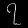
Digit: ၇